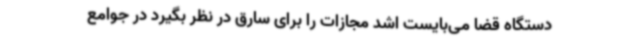
دستگاه قضا می‌بایست اشد مجازات را برای سارق در نظر بگیرد در جوامع